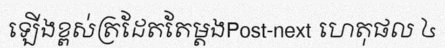
ឡើងខ្ពស់ត្រដែតតែម្តងPost-next ហេតុផល ៤